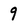
Character: 9